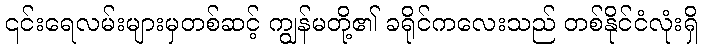
၎င်းရေလမ်းများမှတစ်ဆင့် ကျွန်မတို့၏ ခရိုင်ကလေးသည် တစ်နိုင်ငံလုံးရှိ